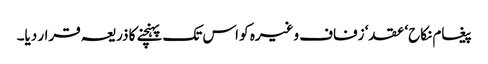
پیغام نکاح‘ عقد‘ زفاف وغیرہ کو اس تک پہنچنے کا ذریعہ قرار دیا۔